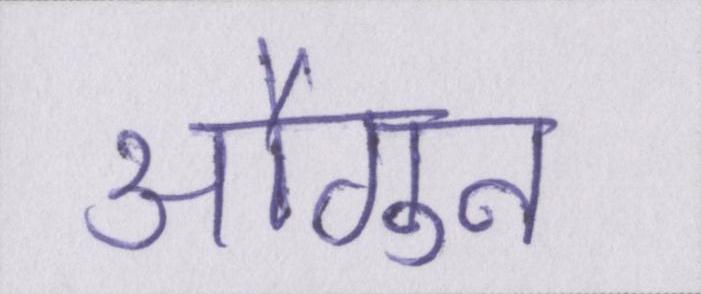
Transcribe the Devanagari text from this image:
औगुन